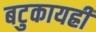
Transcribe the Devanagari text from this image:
बटुकायह्रीं